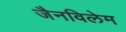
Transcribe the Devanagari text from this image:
जैनविलेम